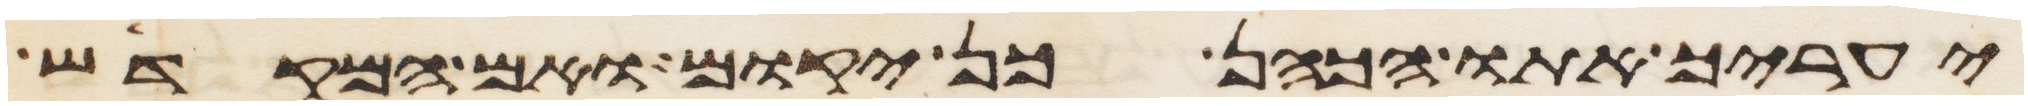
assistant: יעריך אתו הכהן כן יקום ואם המקדיש